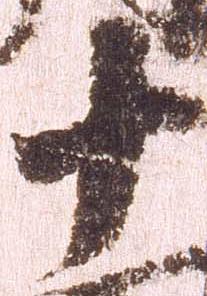
十